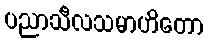
ပညာသီလသမာဟိတော